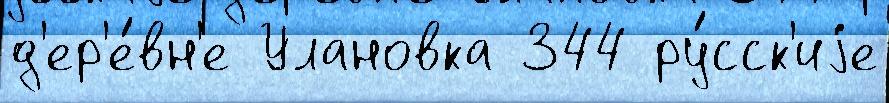
д'ер'е́вн'е Улановка 344 ру́сск'иjе